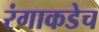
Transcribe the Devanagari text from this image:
रंगाकडेच